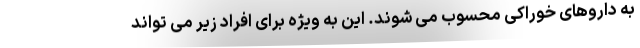
به داروهای خوراکی محسوب می شوند. این به ویژه برای افراد زیر می تواند